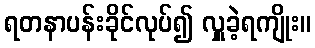
ရတနာပန်းခိုင်လုပ်၍ လှူခဲ့ရကျိုး။